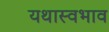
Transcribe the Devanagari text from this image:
यथास्वभाव